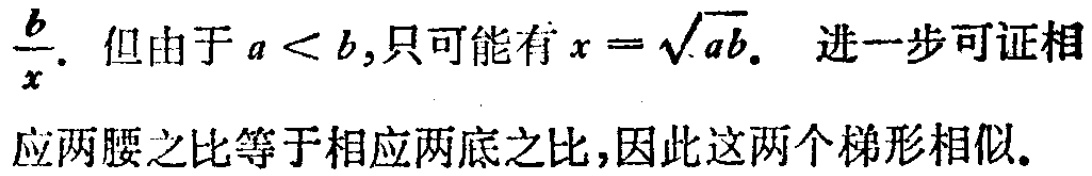
$\frac{b}{x}.$ 但由于 $a < b$,只可能有 $x = \sqrt{ab}.$ 进一步可证相应两腰之比等于相应两底之比,因此这两个梯形相似.